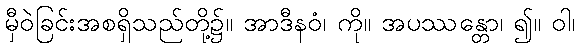
မှီဝဲခြင်းအစရှိသည်တို့၌။ အာဒီနဝံ၊ ကို။ အပဿန္တော၊ ၍။ ဝါ၊